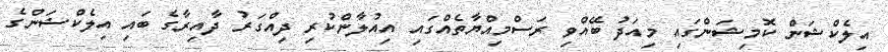
އިލެކްޝަން ކޮމިޝަންގައި މިއަދު ބޭއްވި ރަސްމިއްޔާތެއްގައި އިއުލާންކުރި ދިއްގަރު ދާއިރާގެ ބައި އިލެކްޝަންގެ